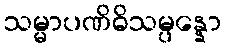
သမ္မာပဏိဓိသမ္ပန္နော